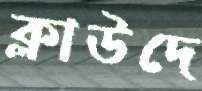
ক্লাউদে